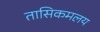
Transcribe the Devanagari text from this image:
तासिकमलय